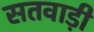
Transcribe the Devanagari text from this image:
सतवाड़ी